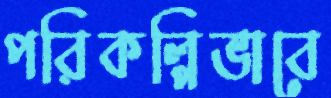
পরিকল্পিভাবে